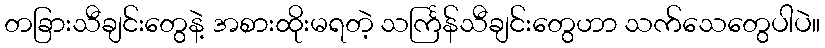
တခြားသီချင်းတွေနဲ့ အစားထိုးမရတဲ့ သင်္ကြန်သီချင်းတွေဟာ သက်သေတွေပါပဲ။